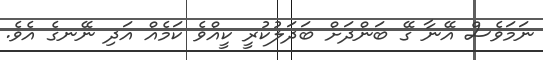
ނަމަވެސް އޭނާ ގޭ ބަންދަށް ބަދަލުކުރީ ކީއްވެ ކަމެއް އަދި ނޭނގެ އެވެ.